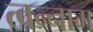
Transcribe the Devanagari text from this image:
त्वन्नाम